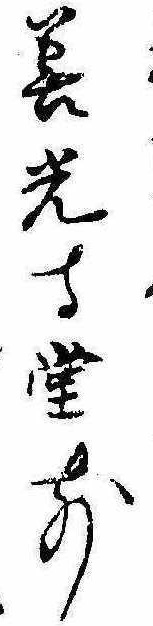
善光寺堂前